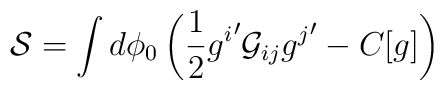
{\cal S} = \int d\phi_0 \left( \frac{1}{2}{g^i}' {\cal G}_{ij} {g^j}' - C[g]\right)